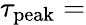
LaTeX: \tau_{\mathrm{peak}}=